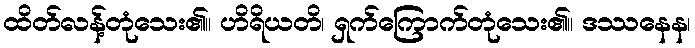
ထိတ်လန့်တုံသေး၏။ ဟိရိယတိ၊ ရှက်ကြောက်တုံသေး၏။ ဒဿနေန၊